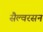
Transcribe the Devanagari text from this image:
सैल्वरसन